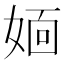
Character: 𡞎